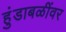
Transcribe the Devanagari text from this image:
हुंडाबळींवर